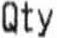
QTY